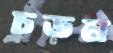
চড়ন